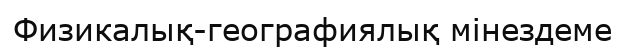
Физикалық-географиялық мінездеме